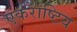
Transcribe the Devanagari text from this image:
एकराष्टिय